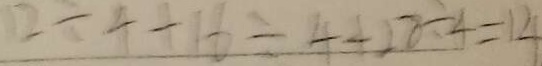
1 2 \div 4 + 1 6 \div 4 + 2 8 \div 4 = 1 4